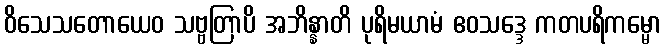
ဝိသေသတောယေဝ သဗ္ဗတြာပိ အဘိန္နာတိ ပုရိမယာမံ ဧဝသဒ္ဒေ ကတပရိကမ္မော